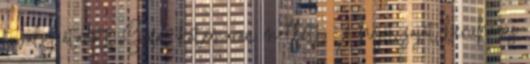
tavaly átadott Siófok katamarán mellett. A hajót saját beruházás